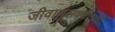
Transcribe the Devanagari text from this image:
जीवाणूसंवर्धकाची